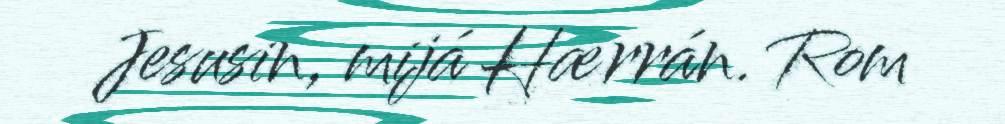
Jesusin, mijá Hærrán. Rom